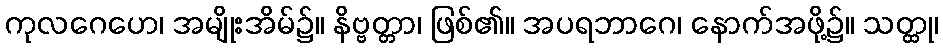
ကုလဂေဟေ၊ အမျိုးအိမ်၌။ နိဗ္ဗတ္တာ၊ ဖြစ်၏။ အပရဘာဂေ၊ နောက်အဖို့၌။ သတ္ထု၊